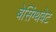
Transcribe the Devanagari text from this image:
बेसिंग्थवेट